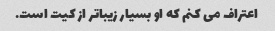
اعتراف می کنم که او بسیار زیباتر از کیت است.